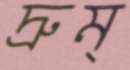
দ্রুম্